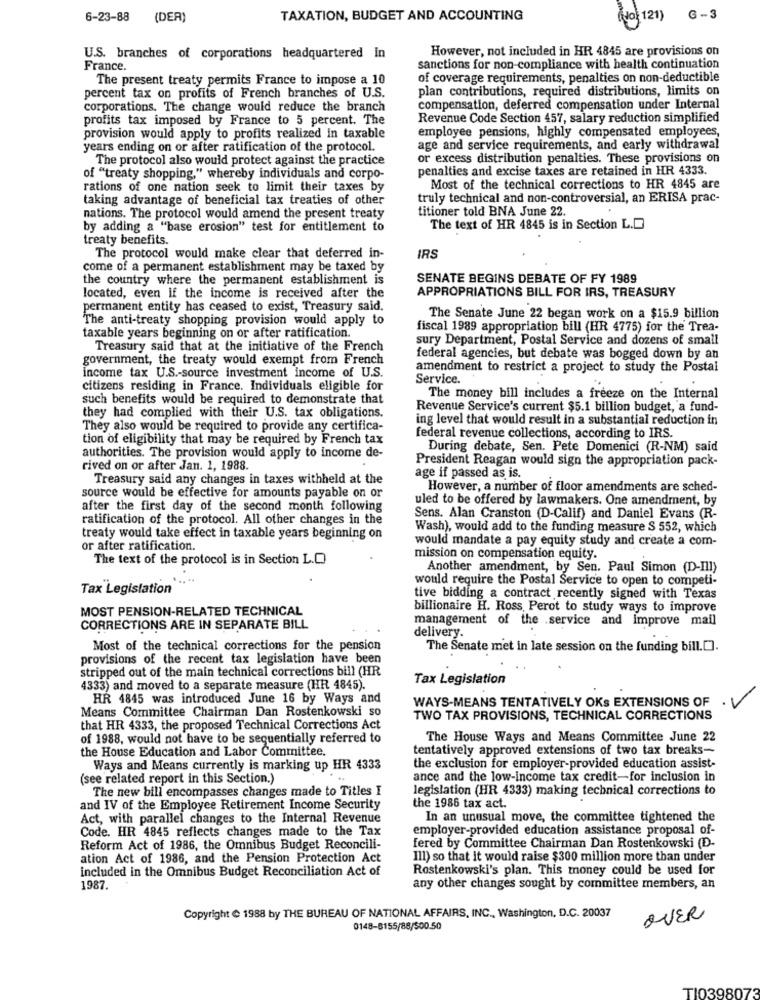
6-23-88 (DER)
TAXATION, BUDGET AND ACCOUNTING
(No: 121) 6 -3
However, not included in HR 4845 are provisions on
U.S. branches of corporations headquartered in
France.
sanctions for non-compliance with health continuation
The present treaty permits France to impose a 10
of coverage requirements, penalties on non-deductible
plan contributions, required distributions, limits on
percent tax on profits of French branches of U.S.
corporations. The change would reduce the branch
compensation, deferred compensation under Internal
profits tax imposed by France to 5 percent. The
Revenue Code Section 457, salary reduction simplified
employee pensions, highly compensated employees,
provision would apply to profits realized in taxable
years ending on or after ratification of the protocol.
age and service requirements, and early withdrawal
The protocol also would protect against the practice
or excess distribution penalties. These provisions on
penalties and excise taxes are retained in HR 4333.
of "treaty shopping," whereby individuals and corpo-
rations of one nation seek to limit their taxes by
Most of the technical corrections to HR 4845 are
taking advantage of beneficial tax treaties of other
truly technical and non-controversial, an ERISA prac-
titioner told BNA June 22.
nations. The protocol would amend the present treaty
by adding a "base erosion" test for entitlement to
The text of HR 4845 is in Section L.D
treaty benefits.
The protocol would make clear that deferred in-
IRS
come of a permanent establishment may be taxed by
the country where the permanent establishment is
SENATE BEGINS DEBATE OF FY 1989
located, even if the income is received after the
APPROPRIATIONS BILL FOR IRS, TREASURY
permanent entity has ceased to exist, Treasury said.
The anti-treaty shopping provision would apply to
The Senate June 22 began work on a $15.9 billion
fiscal 1989 appropriation bill (HR 4775) for the Trea-
taxable years beginning on or after ratification.
sury Department, Postal Service and dozens of small
Treasury said that at the initiative of the French
government, the treaty would exempt from French
federal agencies, but debate was bogged down by an
income tax U.S .- source investment income of U.S.
amendment to restrict a project to study the Postal
Service.
citizens residing in France. Individuals eligible for
such benefits would be required to demonstrate that
The money bill includes a freeze on the Internal
Revenue Service's current $5.1 billion budget, a fund-
they had complied with their U.S. tax obligations.
ing level that would result in a substantial reduction in
They also would be required to provide any certifica-
tion of eligibility that may be required by French tax
federal revenue collections, according to IRS.
During debate, Sen. Pete Domenici (R-NM) said
authorities. The provision would apply to income de-
President Reagan would sign the appropriation pack-
rived on or after Jan. 1, 1988.
Treasury said any changes in taxes withheld at the
age if passed as is.
source would be effective for amounts payable on or
However, a number of floor amendments are sched-
uled to be offered by lawmakers. One amendment, by
after the first day of the second month following
ratification of the protocol. All other changes in the
Sens. Alan Cranston (D-Calif) and Daniel Evans (R-
Wash), would add to the funding measure $ 552, which
treaty would take effect in taxable years beginning on
would mandate a pay equity study and create a com-
or after ratification.
The text of the protocol is in Section L.O
mission on compensation equity.
Another amendment, by Sen. Paul Simon (D-Ill)
would require the Postal Service to open to competi-
Tax Legislation*
tive bidding a contract recently signed with Texas
MOST PENSION-RELATED TECHNICAL
billionaire H. Ross Perot to study ways to improve
management of the .service and Improve mail
CORRECTIONS ARE IN SEPARATE BILL
delivery.
Most of the technical corrections for the pension
The Senate met in late session on the funding bill.[].
provisions of the recent tax legislation have been
stripped out of the main technical corrections bill (HR
Tax Legislation
4333) and moved to a separate measure (HR 4845).
HR 4845 was introduced June 16 by Ways and
WAYS-MEANS TENTATIVELY OKS EXTENSIONS OF
Means Committee Chairman Dan Rostenkowski so
TWO TAX PROVISIONS, TECHNICAL CORRECTIONS
that HR 4333, the proposed Technical Corrections Act
of 1988, would not have to be sequentially referred to
The House Ways and Means Committee June 22
the House Education and Labor Committee.
tentatively approved extensions of two tax breaks-
Ways and Means currently is marking up HR 4333
the exclusion for employer-provided education assist-
(see related report in this Section.)
...
ance and the low-income tax credit-for inclusion in
The new bill encompasses changes made to Titles I
legislation (HR 4333) making technical corrections to
and IV of the Employee Retirement Income Security
the 1986 tax act.
Act, with parallel changes to the Internal Revenue
In an unusual move, the committee tightened the
Code. HR 4845 reflects changes made to the Tax
employer-provided education assistance proposal of-
Reform Act of 1986, the Omnibus Budget Reconcili-
fered by Committee Chairman Dan Rostenkowski (D-
ation Act of 1986, and the Pension Protection Act
Ill) so that it would raise $300 million more than under
included in the Omnibus Budget Reconciliation Act of
Rostenkowski's plan. This money could be used for
1987.
any other changes sought by committee members, an
Copyright @ 1988 by THE BUREAU OF NATIONAL AFFAIRS, INC ., Washington, D.C. 20037
OVER
0148-8155/88/500.50
TI039807